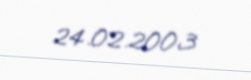
24.02.2003